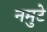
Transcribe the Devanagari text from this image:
नमुटे